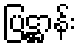
ပြဋ္ဌာန်း